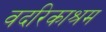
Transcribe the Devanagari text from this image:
वदरिकाश्रम